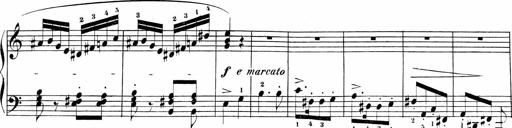
Title: Sonatinas
Composer: Andrew Violette